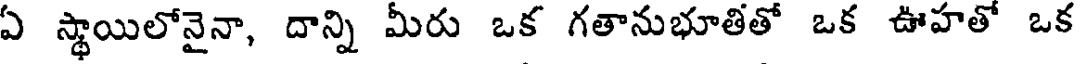
ఏ స్థాయిలోనైనా, దాన్ని మీరు ఒక గతానుభూతితో ఒక ఊహతో ఒక